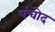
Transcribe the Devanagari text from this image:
पंचोद